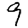
Digit: 9